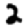
Digit: 2